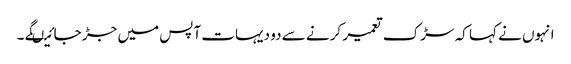
انہوں نے کہا کہ سڑک تعمیر کرنے سے دو دیہات آپس میں جڑ جائیںگے ۔